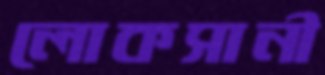
লোকসানী